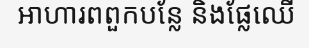
អាហារពពួកបន្លែ និងផ្លែឈើ